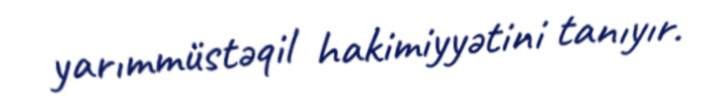
yarımmüstəqil hakimiyyətini tanıyır.